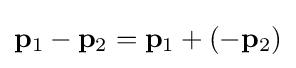
\mathbf {p} _{1}-\mathbf {p} _{2}=\mathbf {p} _{1}+(-\mathbf {p} _{2})